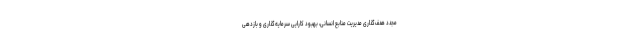
مجدد هدف‌گذاری مدیریت منابع انسانی، بهبود کارایی سرمایه‌گذاری و بازدهی